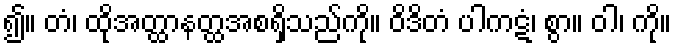
၍။ တံ၊ ထိုအတ္ထာနတ္ထအစရှိသည်ကို။ ဝိဒိတံ ပါကဋံ၊ စွာ။ ဝါ၊ ကို။